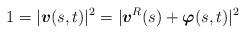
LaTeX: \begin{align*}1=\lvert\mbox{\mathversion{bold}$v$}(s,t)\rvert^{2}=\lvert \mbox{\mathversion{bold}$v$}^{R}(s)+\mbox{\mathversion{bold}$\varphi$}(s,t)\rvert ^{2}\end{align*}